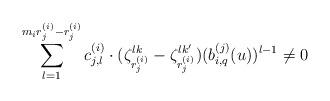
LaTeX: \begin{align*} \sum_{l=1}^{m_ir^{(i)}_j-r^{(i)}_j} c^{(i)}_{j,l} \cdot (\zeta_{r^{(i)}_j}^{lk}-\zeta_{r^{(i)}_j}^{lk'}) (b^{(j)}_{i,q}(u))^{l-1} \neq 0\end{align*}